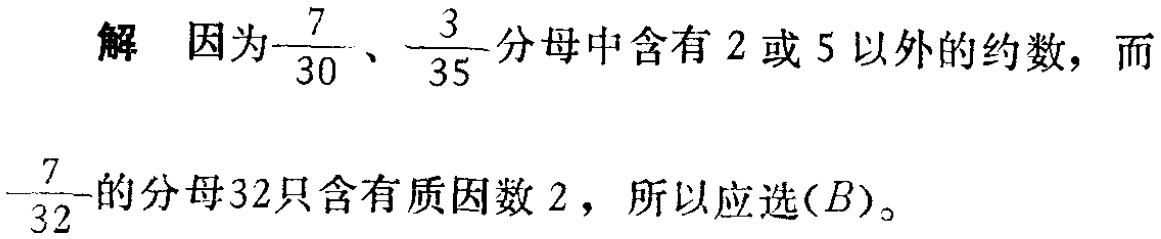
解 因为$\frac{7}{30}$、$\frac{3}{35}$分母中含有$2$或$5$以外的约数，而$\frac{7}{32}$的分母$32$只含有质因数$2$，所以应选$(B)$。